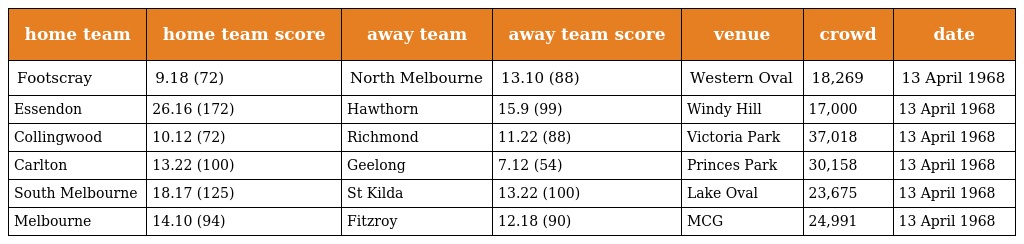
| home team | home team score | away team | away team score | venue | crowd | date |
 | --- | --- | --- | --- | --- | --- | --- |
 | Footscray | 9.18 (72) | North Melbourne | 13.10 (88) | Western Oval | 18,269 | 13 April 1968 |
 | Essendon | 26.16 (172) | Hawthorn | 15.9 (99) | Windy Hill | 17,000 | 13 April 1968 |
 | Collingwood | 10.12 (72) | Richmond | 11.22 (88) | Victoria Park | 37,018 | 13 April 1968 |
 | Carlton | 13.22 (100) | Geelong | 7.12 (54) | Princes Park | 30,158 | 13 April 1968 |
 | South Melbourne | 18.17 (125) | St Kilda | 13.22 (100) | Lake Oval | 23,675 | 13 April 1968 |
 | Melbourne | 14.10 (94) | Fitzroy | 12.18 (90) | MCG | 24,991 | 13 April 1968 |